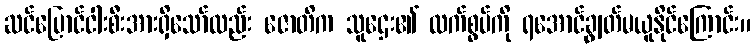
ဆင်ပြောင်ငါးစီးအားရှိသော်လည်း ဇောတိက သူဌေး၏ လက်စွပ်ကို ရအောင်ချွတ်မယူနိုင်ကြောင်း။